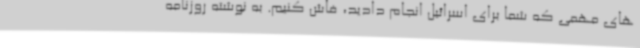
های مهمی که شما برای اسرائیل انجام دادید، فاش کنیم. به نوشته روزنامه